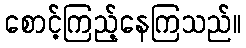
စောင့်ကြည့်နေကြသည်။